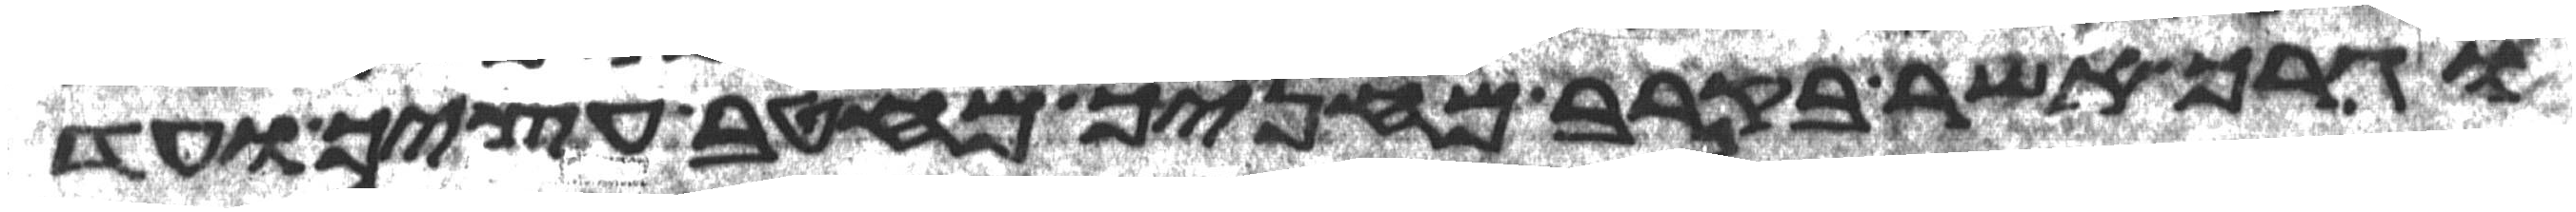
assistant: וגרך אשר בקרב מחניך מחטב עציך ועד